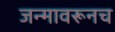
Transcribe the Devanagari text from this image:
जन्मावरूनच